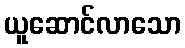
ယူဆောင်လာသော